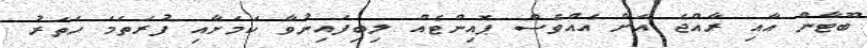
ބޫޓާން އާއި ރާއްޖެ އަށް އެއްވެސް ޕޮއިންޓެއް ލިބިފައިނުވާ ކަމަށާއި ފުރަތަމަ ހަތަރު